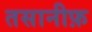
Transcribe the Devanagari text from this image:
तसानीफ़